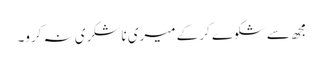
مجھ سے شکوے کر کے میری ناشکری نہ کرو۔